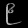
Digit: ၉